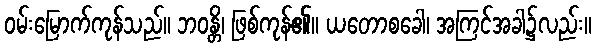
ဝမ်းမြောက်ကုန်သည်။ ဘဝန္တိ၊ ဖြစ်ကုန်၏။ ယတောစခေါ၊ အကြင်အခါ၌လည်း။